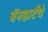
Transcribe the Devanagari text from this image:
बॅनहार्टचे